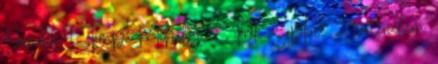
Domokos 1 Tompa Mihály 5 Török Sophie 2 történelem